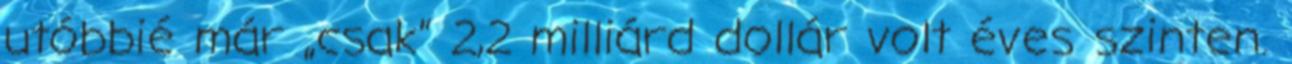
utóbbié már „csak” 2,2 milliárd dollár volt éves szinten.